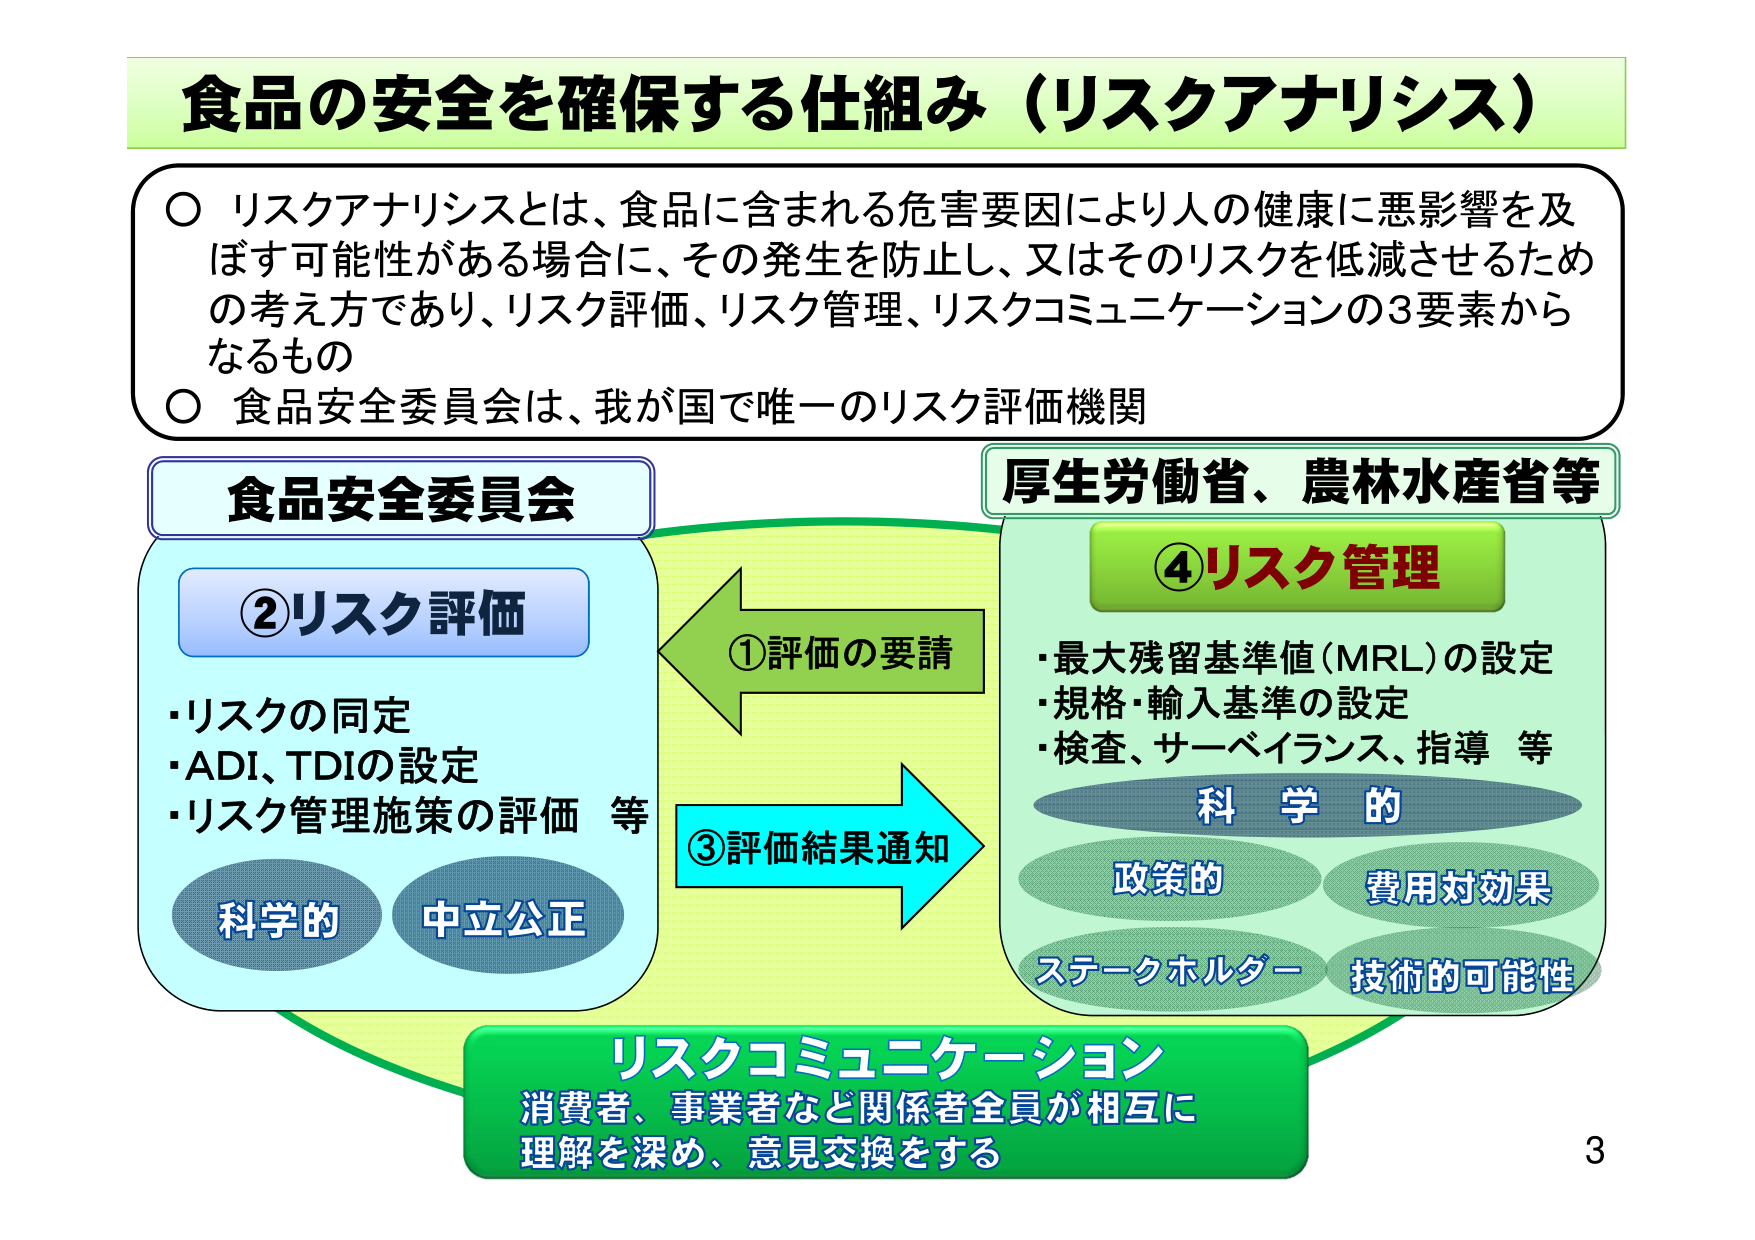
食品の安全を確保する仕組み（リスクアナリシス）

○ リスクアナリシスとは、食品に含まれる危害要因により人の健康に悪影響を及ぼす可能性がある場合に、その発生を防止し、又はそのリスクを低減させるための考え方であり、リスク評価、リスク管理、リスクコミュニケーションの3要素からなるもの

○ 食品安全委員会は、我が国で唯一のリスク評価機関

食品安全委員会
②リスク評価
・リスクの同定
・ADI、TDIの設定
・リスク管理施策の評価 等
科学的 中立公正

①評価の要請
③評価結果通知

厚生労働省、農林水産省等
④リスク管理
・最大残留基準値（MRL）の設定
・規格・輸入基準の設定
・検査、サーベイランス、指導 等
科学的
政策的 費用対効果
ステークホルダー 技術的可能性

リスクコミュニケーション
消費者、事業者など関係者全員が相互に
理解を深め、意見交換をする

3